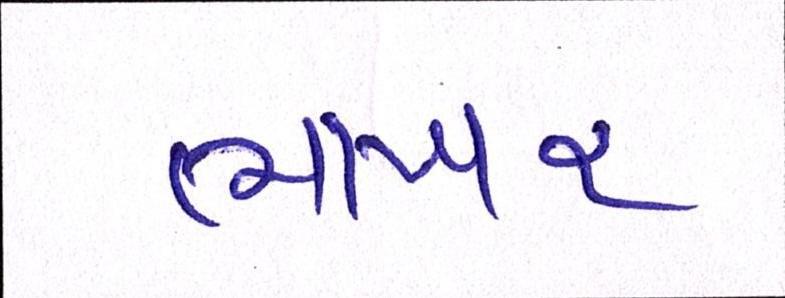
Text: ભાખર